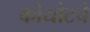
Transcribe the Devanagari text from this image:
कोयोटचे